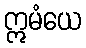
ဣမံယေ